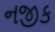
નજીક